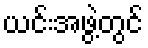
ယင်းအဖွဲ့တွင်